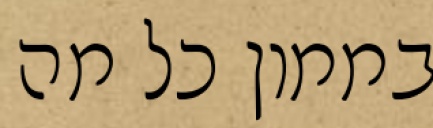
בממון כל מה